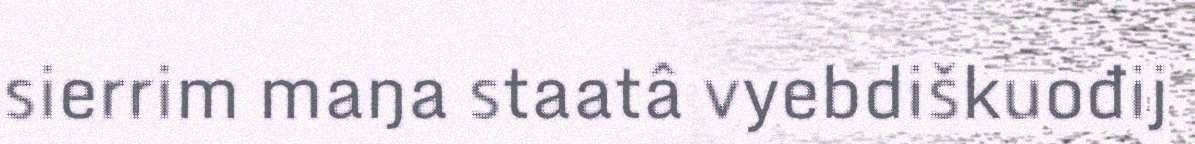
sierrim maŋa staatâ vyebdiškuođij